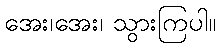
အေး၊အေး၊ သွားကြပါ။